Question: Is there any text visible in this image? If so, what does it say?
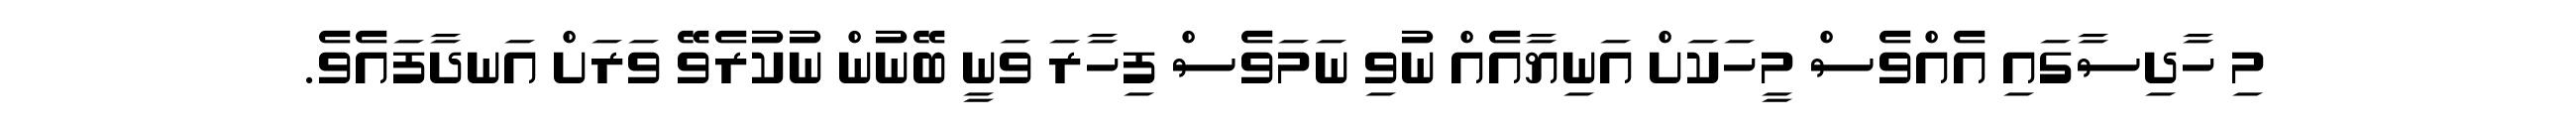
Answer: މި ހާދިސާގައި އެއްވެސް މީހަކަށް އަނިޔާއެއް ނުވި ނަމަވެސް ފިހާރަ ވަނީ ބޭނުން ނުކުރެވޭ ވަރަށް އަނދާފައެވެ.